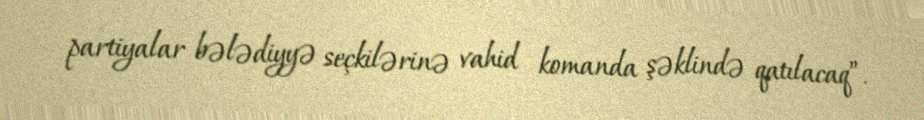
partiyalar bələdiyyə seçkilərinə vahid komanda şəklində qatılacaq”.